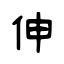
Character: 伸